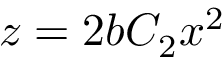
z = 2 b C _ { 2 } x ^ { 2 }